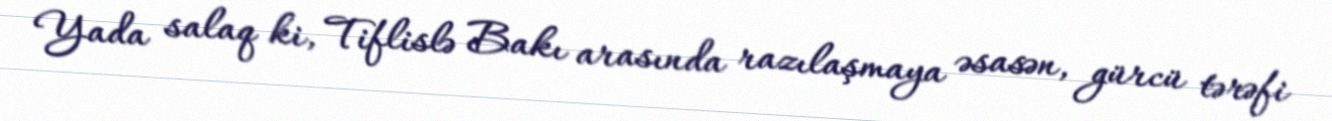
Yada salaq ki, Tiflislə Bakı arasında razılaşmaya əsasən, gürcü tərəfi